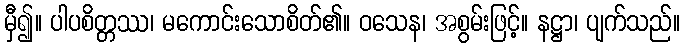
မှီ၍။ ပါပစိတ္တဿ၊ မကောင်းသောစိတ်၏။ ဝသေန၊ အစွမ်းဖြင့်။ နဋ္ဌာ၊ ပျက်သည်။